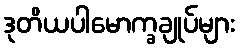
ဒုတိယပါမောက္ခချုပ်များ